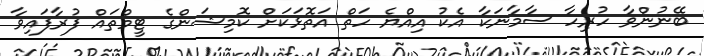
ބޭނުންވާ ހުރިހާ ސާމާނަކާ އެކު އިއްޔެ ހަތް އަތޮޅަކަށް ކޮމިޝަންގެ ޓީމްތައް ފުރާފައިވާ